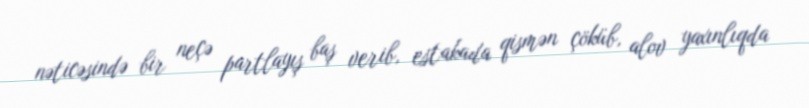
nəticəsində bir neçə partlayış baş verib, estakada qismən çöküb, alov yaxınlıqda